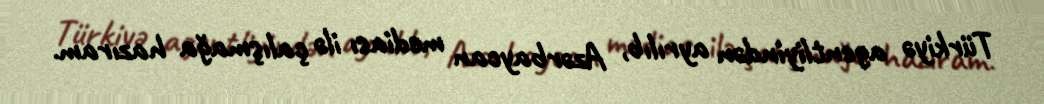
Türkiyə agentliyindən ayrılıb, Azərbaycan mediası ilə çalışmağa hazıram.